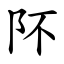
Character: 阫